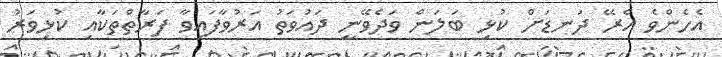
އެހެންވެ އެރޭ ދަނޑަށް ކުޅި ބަލަން ވަދެވޭނީ ދައުވަތު އަރުވާފައިވާ ފަރާތްތަކާއި ކުޅިވަރު